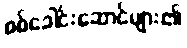
စစ်ခေါင်းဆောင်များ၏